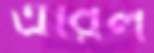
এরিল